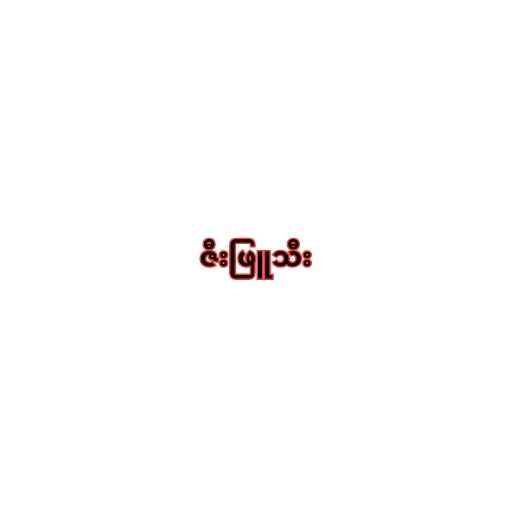
ဇီးဖြူသီး